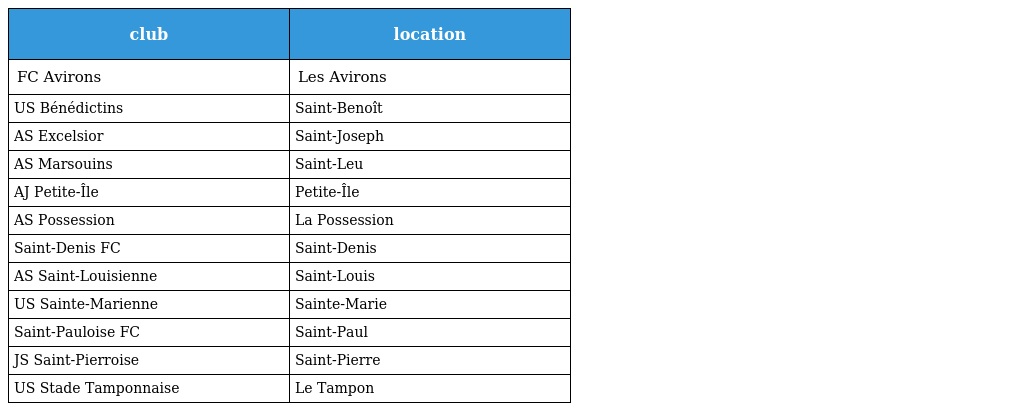
| club | location |
 | --- | --- |
 | FC Avirons | Les Avirons |
 | US Bénédictins | Saint-Benoît |
 | AS Excelsior | Saint-Joseph |
 | AS Marsouins | Saint-Leu |
 | AJ Petite-Île | Petite-Île |
 | AS Possession | La Possession |
 | Saint-Denis FC | Saint-Denis |
 | AS Saint-Louisienne | Saint-Louis |
 | US Sainte-Marienne | Sainte-Marie |
 | Saint-Pauloise FC | Saint-Paul |
 | JS Saint-Pierroise | Saint-Pierre |
 | US Stade Tamponnaise | Le Tampon |